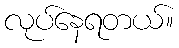
လုပ်နေရတယ်။